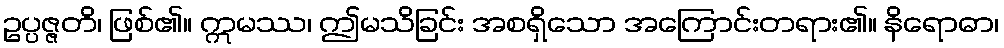
ဥပ္ပဇ္ဇတိ၊ ဖြစ်၏။ ဣမဿ၊ ဤမသိခြင်း အစရှိသော အကြောင်းတရား၏။ နိရောဓာ၊